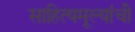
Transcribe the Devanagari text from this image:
साहित्यमूल्यांची